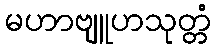
မဟာဗျူဟသုတ္တံ